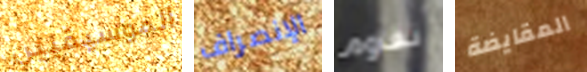
الموسيقيين الإنصراف نقاوم المقايضة